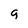
Character: g